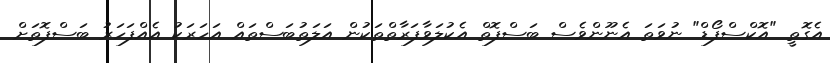
އެގޮތީ "އޮކްސްފޯޑް" ނުވަތަ އެނޫންވެސް ބަސްފޮތް އެކުލަވާފަރާތްތަކުން އަލަތުބަސްތައް އަހަރަކު އެއްފަހަރު ބަސްފޮތަށް